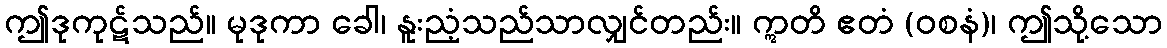
ဤဒုကုဋ်သည်။ မုဒုကာ ခေါ၊ နူးညံ့သည်သာလျှင်တည်း။ ဣတိ ဧတံ (ဝစနံ)၊ ဤသို့သော